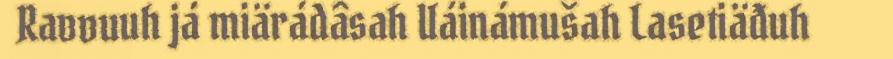
Ravvuuh já miärádâsah Uáinámušah Lasetiäđuh